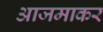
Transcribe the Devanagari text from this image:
आजमाकर